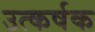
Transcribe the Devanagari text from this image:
उत्कर्षक